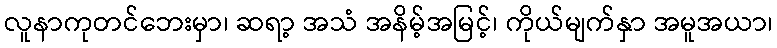
လူနာကုတင်ဘေးမှာ၊ ဆရာ့ အသံ အနိမ့်အမြင့်၊ ကိုယ်မျက်နှာ အမူအယာ၊